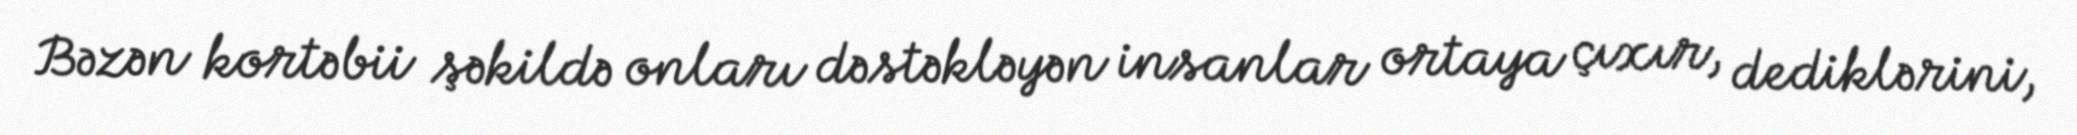
Bəzən kortəbii şəkildə onları dəstəkləyən insanlar ortaya çıxır, dediklərini,